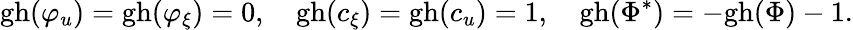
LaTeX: \mathrm{gh}(\varphi_{u})=\mathrm{gh}(\varphi_{\xi})=0,\quad\mathrm{gh}(c_{\xi})=\mathrm{gh}(c_{u})=1,\quad\mathrm{gh}(\Phi^{*})=-\mathrm{gh}(\Phi)-1.